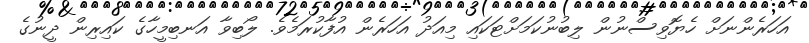
އަހަރެންނަށް ހެޔޮވިސްނުން ލިބުނުކަމަށްޓަކައި މިއަދު އަހަރެން އުފާކުރަމެވެ. ލޯބިވާ އަނބިމީހާގެ ކައިރިން ދީނުގެ